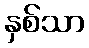
နှစ်သာ